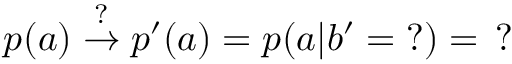
\begin{array} { r } { p ( a ) \stackrel { ? } { \rightarrow } p ^ { \prime } ( a ) = p ( a | b ^ { \prime } = ? ) = \, ? } \end{array}